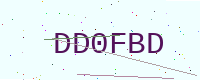
Text: DD0FBD